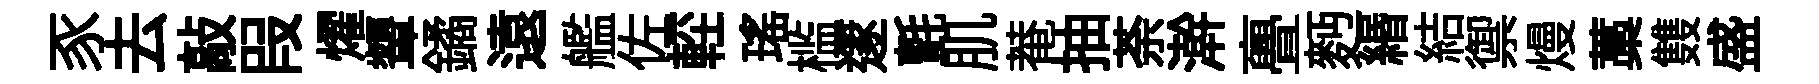
豕去敲叚燿顰鐍遠艦佐䡖瑶槛𨗹氈肌菴抽荼澣亹麪緡結禦熳藁䨇盛